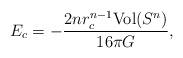
LaTeX: \begin{align*}E_c=-\frac{2nr_c^{n-1}\mbox{Vol}(S^n)}{16\pi G},\end{align*}